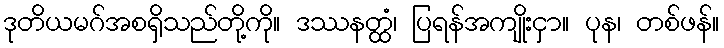
ဒုတိယမဂ်အစရှိသည်တို့ကို။ ဒဿနတ္ထံ၊ ပြရန်အကျိုးငှာ။ ပုန၊ တစ်ဖန်။